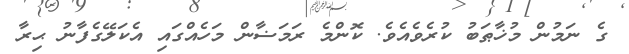
ގެ ނަމުން މުޚާޠަބު ކުރެވެއެވެ. ކޮންމެ ރަމަޟާން މަހެއްގައި އެކަލޭގެފާނު ޙިރާ